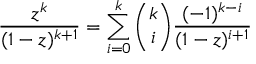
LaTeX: { \frac { z ^ { k } } { ( 1 - z ) ^ { k + 1 } } } = \sum _ { i = 0 } ^ { k } { \binom { k } { i } } { \frac { ( - 1 ) ^ { k - i } } { ( 1 - z ) ^ { i + 1 } } }